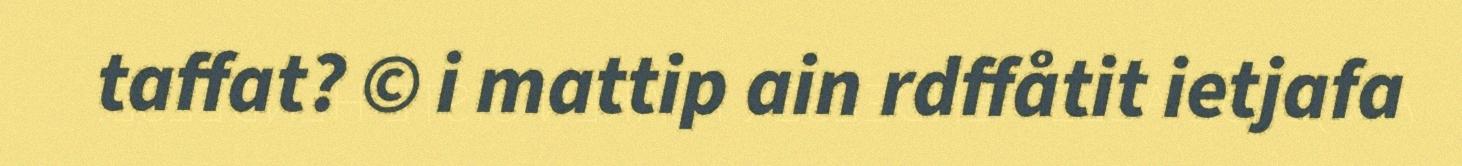
taffat? © i mattip ain rdffåtit ietjafa